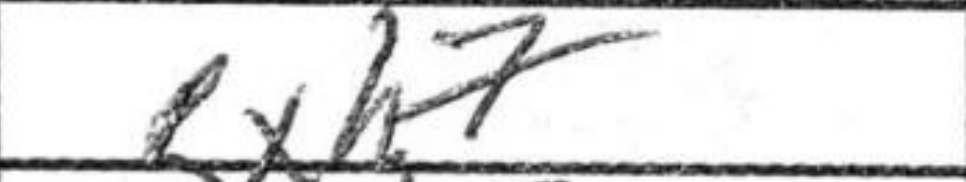
Transcription: Rxh7